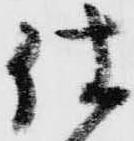
仕